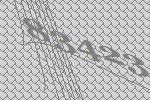
83423